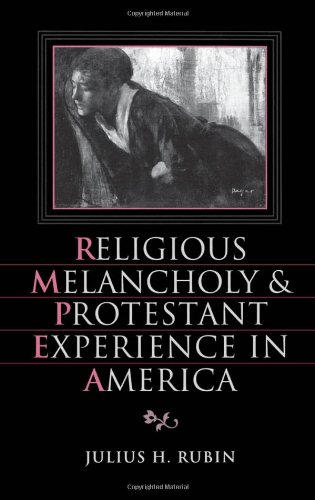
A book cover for Religious Melancholy and Protestant Experience in America (Religion in America); Julius H. Rubin; Religion & Spirituality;